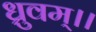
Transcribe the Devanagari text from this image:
ध्रुवम्।।